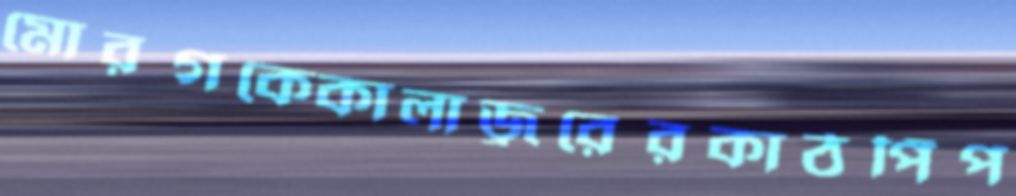
মোরগকেকালাজ্বরেরকাঠপিঁপ